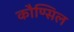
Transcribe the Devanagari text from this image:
कौण्सिल